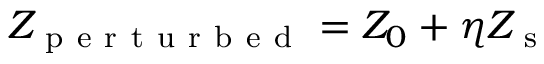
Z _ { \mathrm { ~ p ~ e ~ r ~ t ~ u ~ r ~ b ~ e ~ d ~ } } = Z _ { 0 } + \eta Z _ { \mathrm { ~ s ~ } }